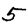
Digit: 5